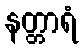
နတ္တာရံ